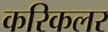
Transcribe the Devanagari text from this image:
करिकलर